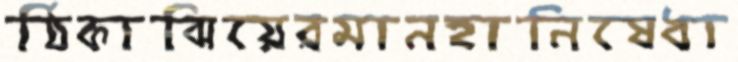
ঠিকাঝিয়েরমানহানিষেধা